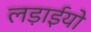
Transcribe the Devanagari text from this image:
लड़ाईयो